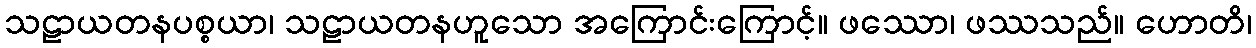
သဠာယတနပစ္စယာ၊ သဠာယတနဟူသော အကြောင်းကြောင့်။ ဖဿော၊ ဖဿသည်။ ဟောတိ၊